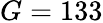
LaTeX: G=133